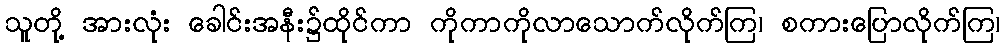
သူတို့ အားလုံး ခေါင်းအနီး၌ထိုင်ကာ ကိုကာကိုလာသောက်လိုက်ကြ၊ စကားပြောလိုက်ကြ၊